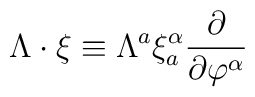
\Lambda \cdot \xi \equiv \Lambda^a \xi^{\alpha}_{a}\frac{\partial}{\partial\varphi^{\alpha}}